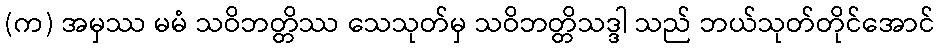
(က) အမှဿ မမံ သဝိဘတ္တိဿ သေသုတ်မှ သဝိဘတ္တိသဒ္ဒါ သည် ဘယ်သုတ်တိုင်အောင်